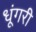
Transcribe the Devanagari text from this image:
धूंगरी